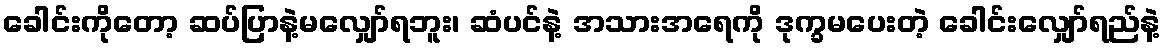
ခေါင်းကိုတော့ ဆပ်ပြာနဲ့မလျှော်ရဘူး၊ ဆံပင်နဲ့ အသားအရေကို ဒုက္ခမပေးတဲ့ ခေါင်းလျှော်ရည်နဲ့